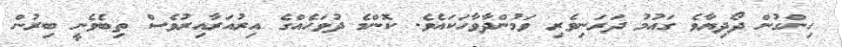
ހިންގުން ދޯދިޔާވެ ގައުމު ދަރަނިވެރި ވަމުންދާވާހަކައެވެ. ކޮންމެ ދުވަހެއްގެ އިރުއަރާއިރުވެސް ތިބެވެނީ ބިރުން